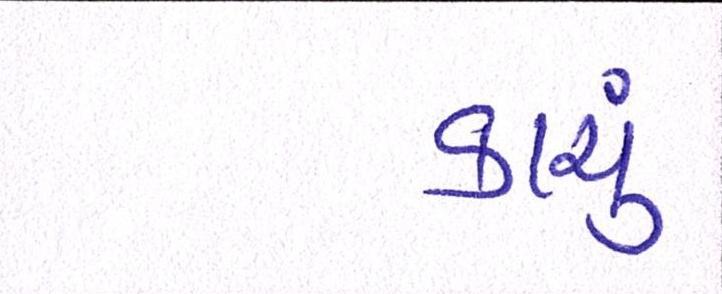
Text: કાચું